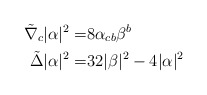
\begin{align*}\tilde \nabla_c |\alpha|^2 = & 8 \alpha_{cb} \beta^b\\\tilde \Delta |\alpha|^2 = & 32 |\beta|^2 - 4|\alpha|^2\end{align*}